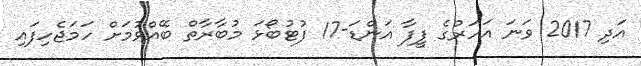
އަދި 2017 ވަނަ އަހަރުގެ ފީފާ އަންޑަ-17 ފުޓުބޯޅަ މުބާރާތް ބޭއްވުމަށް ހަމަޖެހިފައި